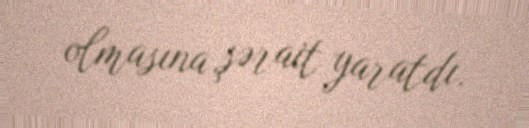
olmasına şərait yaratdı.